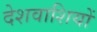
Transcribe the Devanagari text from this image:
देशवाशियों